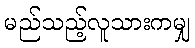
မည်သည့်လူသားကမျှ